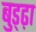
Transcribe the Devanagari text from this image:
बुड्ढ़ा